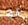
كل